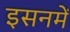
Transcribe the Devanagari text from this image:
इसनमें